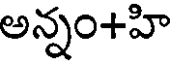
అన్నం+హి